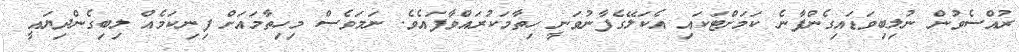
ރުއްސެވުން ނުލިބިވަޑައިގެންފާނެ ކަމަށްޓަކައި އެކަލޭގެފާނުވަނީ ހިތާމަކުރައްވާފައެވެ. ނަމަވެސް މިހިތާމައަށް ފިނިކަމެއް ލިބިގެންދިޔައީ